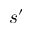
s ^ { \prime }